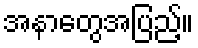
အနာတွေအပြည့်။